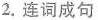
2.连词成句